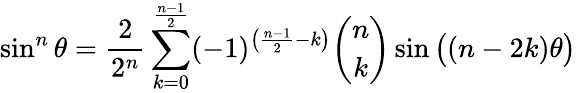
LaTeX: \sin^{n}\theta={\frac{2}{2^{n}}}\sum_{k=0}^{\frac{n-1}{2}}(-1)^{\left({\frac{n-1}{2}}-k\right)}{\binom{n}{k}}\sin{{\big(}(n-2k)\theta{\big)}}